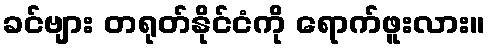
ခင်ဗျား တရုတ်နိုင်ငံကို ရောက်ဖူးလား။